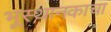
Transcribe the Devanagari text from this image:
भूस्थानकाचा